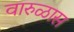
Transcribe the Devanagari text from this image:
वारुळास